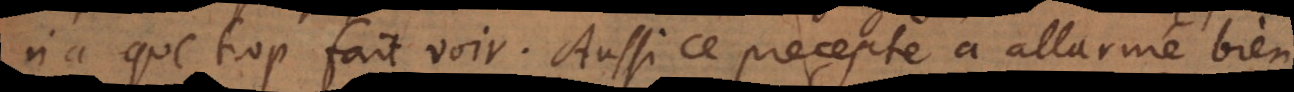
n’a que trop fait voir. Aussi ce precepte a allarmé bien